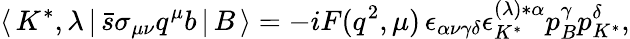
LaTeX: \langle\, K^{*},\lambda\, |\, \bar{s}\sigma_{\mu\nu}q^{\mu}b\, |\, B\, \rangle=-iF(q^{2},\mu)\, \epsilon_{\alpha\nu\gamma\delta}\epsilon_{K^{*}}^{(\lambda)*\alpha}p_{B}^{\gamma}p_{K^{*}}^{\delta},